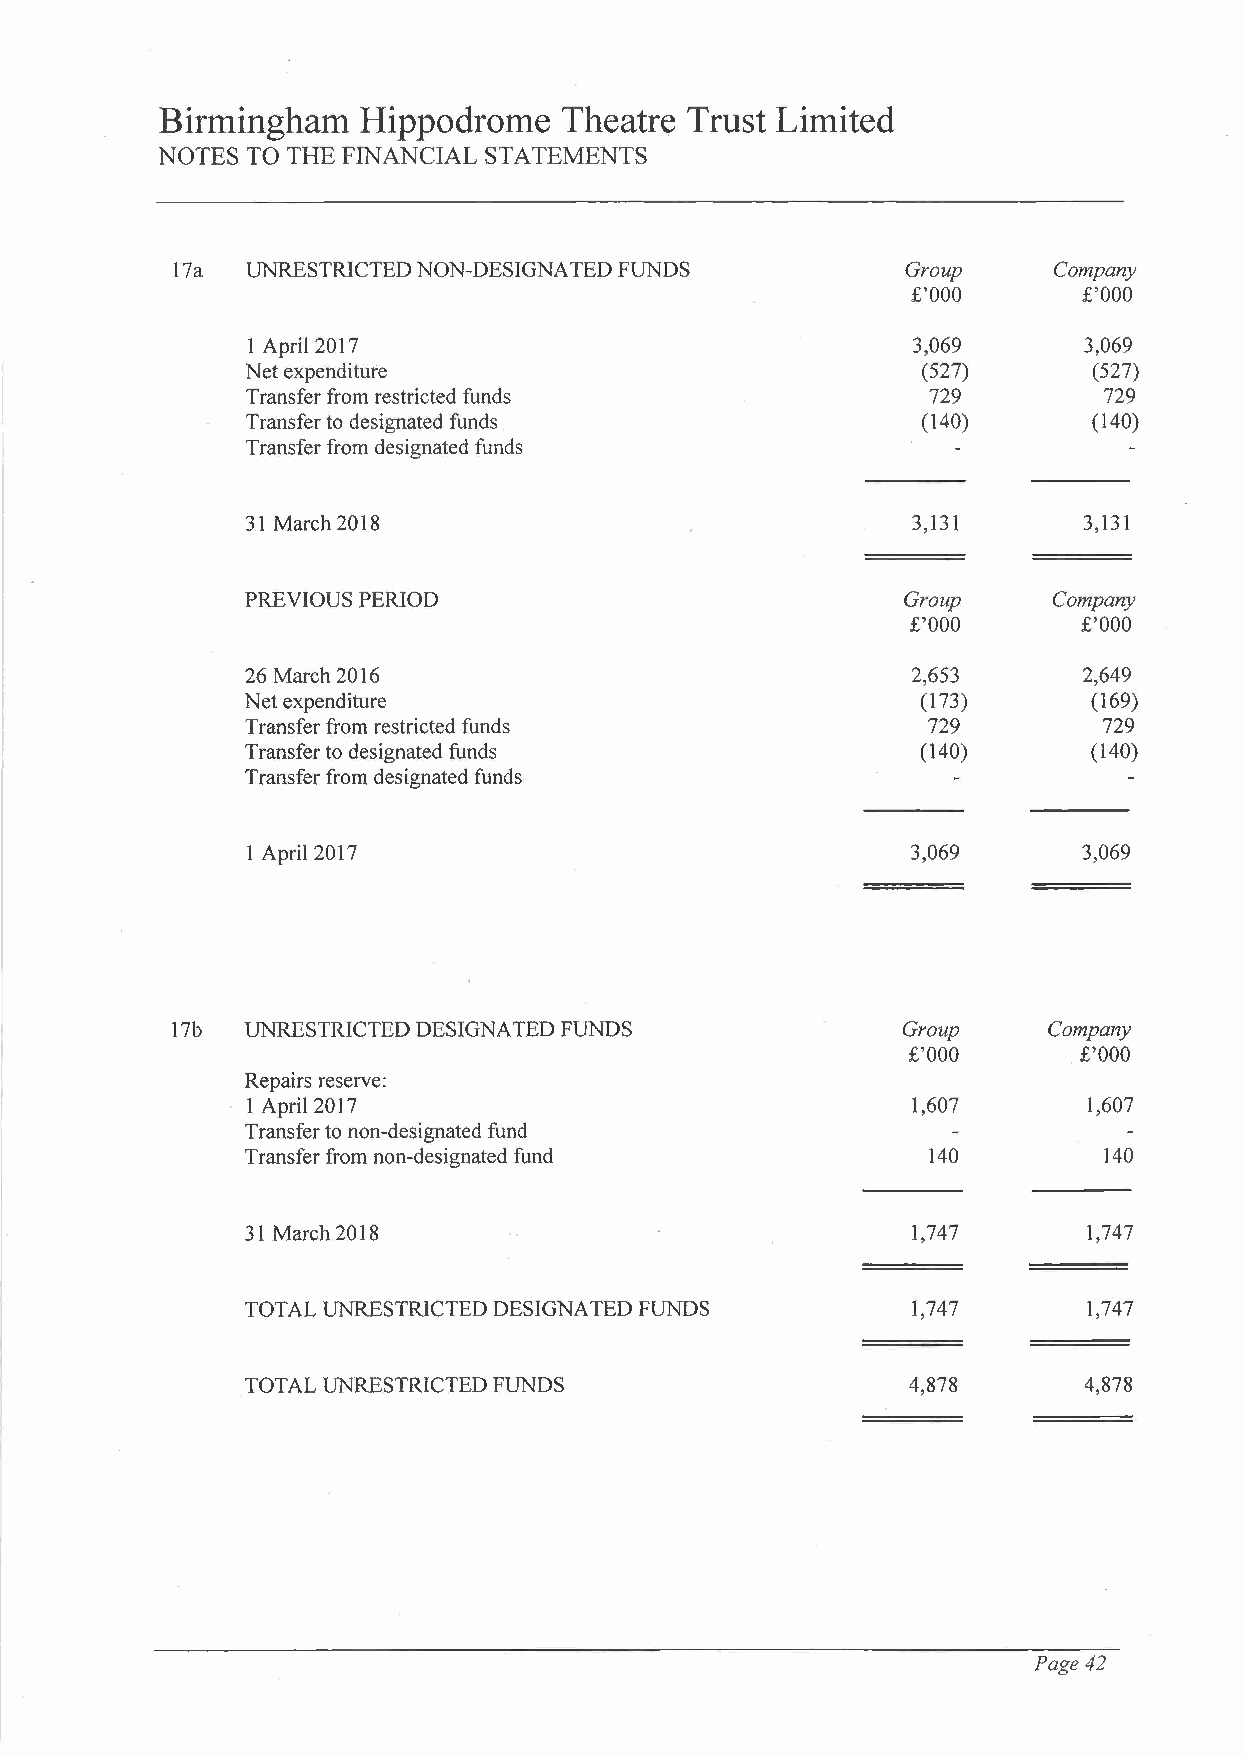
Birmingham   Hippodrome   Theatre Trust Limited
 NOTES TO THE FINANCIAL STATEMENTS
 17a  UNRESTRICTED NON-DESIGNA TED FUNDS          Group     Company
 £'000       £'000
 1 Apri12017                                 3,069       3,069
 Net expenditure                              (527)      (527)
 Transfer from restricted funds                729        729
 Transfer to designated funds                 (140)      (140)
 Transfer from designated funds
 31 March 2018                               3,131       3,131
 PREVIOUS PERIOD                             Group     Company
 £'000       £'000
 26 March 2016                               2,653       2,649
 Net expenditure                              (173)      (169)
 Transfer from restricted funds               729         729
 Transfer to designated funds                 (140)      (140)
 Transfer from designated funds
 1 April 2017                                3,069       3,069
 17b  UNRESTRICTED DESIGNA TED FUNDS              Group    Company
 £'000       £'000
 Repairs reserve:
 1 April2017                                 1,607       1,607
 Transfer to non-designated fund
 Transfer from non-designated fund            140         140
 31 March 2018                               1,747       1,747
 TOT AL UNRESTRICTED DESIGNATED FUNDS        1,747       1,747
 TOTAL UNRESTRICTED FUNDS                    4,878       4,878
 Page 42